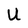
Character: U